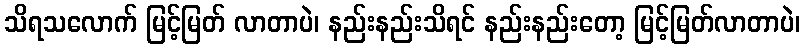
သိရသလောက် မြင့်မြတ် လာတာပဲ၊ နည်းနည်းသိရင် နည်းနည်းတော့ မြင့်မြတ်လာတာပဲ၊